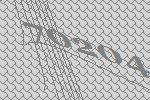
70204